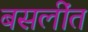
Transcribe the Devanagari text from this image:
बसलींत